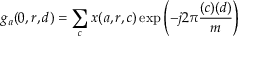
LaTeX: g _ { a } ( 0 , r , d ) = \sum _ { c } x ( a , r , c ) \exp \left( - j 2 \pi { \frac { ( c ) ( d ) } { m } } \right)